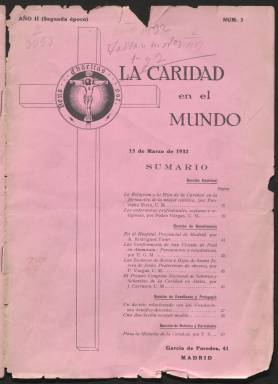
Título: La Caridad en el mundo
Colección: Religión
Ámbito geográfico: Madrid
Lugar de publicación: Madrid
Fechas: 15/03/1932-15/11/1933